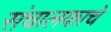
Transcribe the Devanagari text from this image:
संचालकाचे